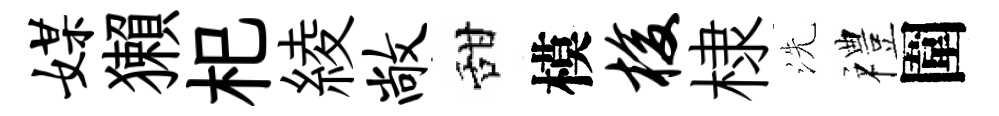
媒獺𣏌綾敞甜模梭棣洗禮圍